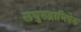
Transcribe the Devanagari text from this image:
लघुरुद्राभिषेक